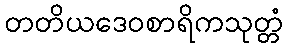
တတိယဒေဝစာရိကသုတ္တံ